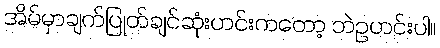
အိမ်မှာချက်ပြုတ်ချင်ဆုံးဟင်းကတော့ ဘဲဥဟင်းပါ။